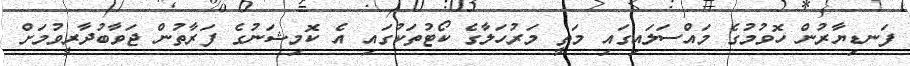
ފަނޑިޔާރުން ހޮވުމުގެ މައްސަލައިގައި މަތީ މަރުހަލާގެ ކޯޓުތަކުގައި އެ ކޮމިޝަނުގެ ފަރާތުން ޖަވާބުދާރީވުމަށް